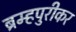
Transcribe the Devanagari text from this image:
ब्रम्हपुरीकर